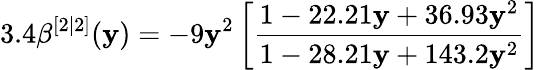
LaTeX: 3.4\beta^{[2|2]}(\mathbf{y})=-9\mathbf{y}^{2}\left[\frac{{1-22.21\mathbf{y}+36.93\mathbf{y}^{2}}}{{1-28.21\mathbf{y}+143.2\mathbf{y}^{2}}}\right]